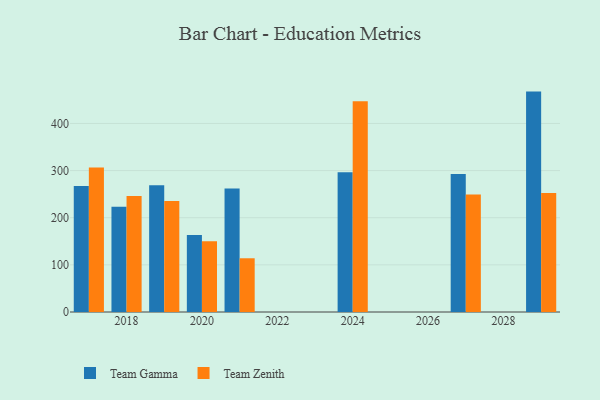
{"axis": {"x": "Year", "y": "Inventory Turnover"}, "legend": ["Team Gamma", "Team Zenith"], "data": [{"x": "2021", "y": 262.1, "type": "Team Gamma"}, {"x": "2021", "y": 114.0, "type": "Team Zenith"}, {"x": "2024", "y": 296.7, "type": "Team Gamma"}, {"x": "2024", "y": 447.0, "type": "Team Zenith"}, {"x": "2017", "y": 267.5, "type": "Team Gamma"}, {"x": "2017", "y": 306.4, "type": "Team Zenith"}, {"x": "2018", "y": 223.5, "type": "Team Gamma"}, {"x": "2018", "y": 245.9, "type": "Team Zenith"}, {"x": "2029", "y": 467.6, "type": "Team Gamma"}, {"x": "2029", "y": 252.6, "type": "Team Zenith"}, {"x": "2020", "y": 163.4, "type": "Team Gamma"}, {"x": "2020", "y": 150.3, "type": "Team Zenith"}, {"x": "2019", "y": 268.9, "type": "Team Gamma"}, {"x": "2019", "y": 235.3, "type": "Team Zenith"}, {"x": "2027", "y": 292.8, "type": "Team Gamma"}, {"x": "2027", "y": 249.5, "type": "Team Zenith"}]}